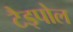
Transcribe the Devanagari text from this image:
टैड्पोल